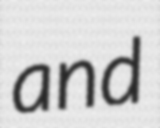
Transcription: and